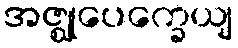
အဇ္ဈုပေက္ခေယျ